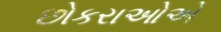
છોકરાઓએ